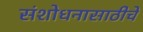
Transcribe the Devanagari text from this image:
संशोधनासाठीचे